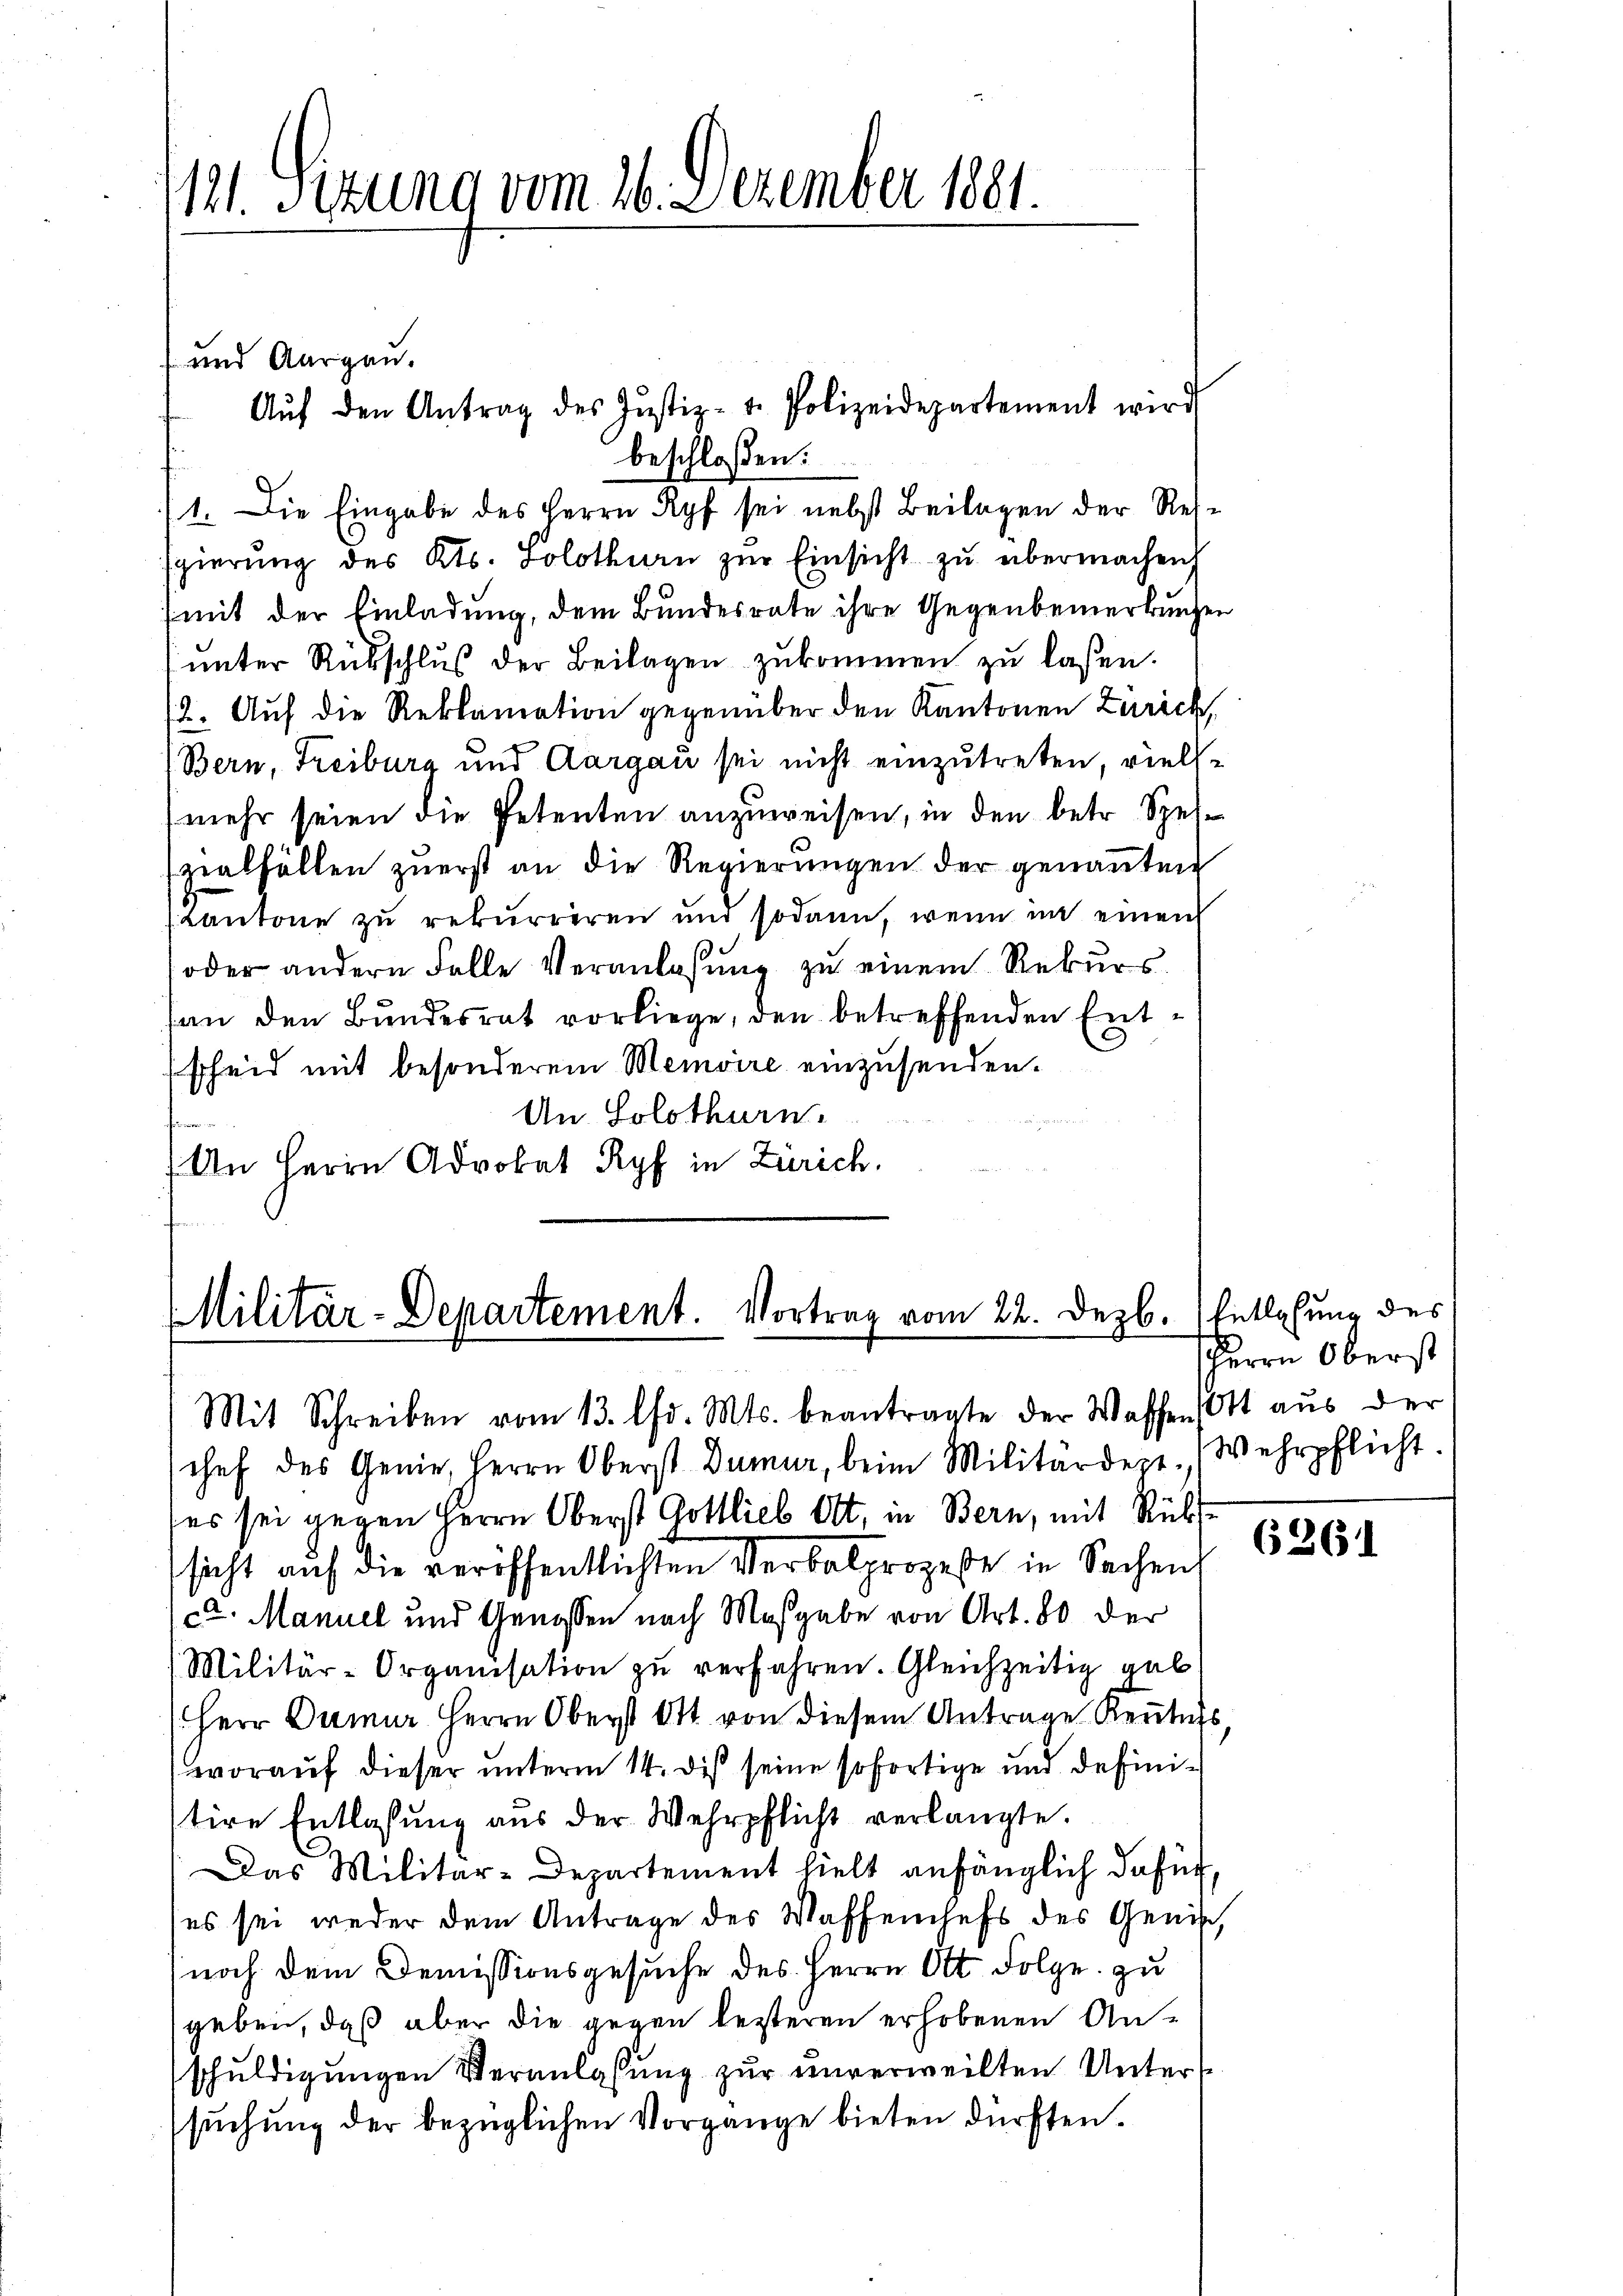
111. Sitzung vom 26. Dezember 1881.

1. Die Eingabe des Herrn Ryf sei nebst Beilagen der Ressgierŭng des Kts. Solothurn zŭr Einsicht zu übermachen
mit der Einladung, dem Bundesrate ihre Gegenbemerkungen
unter Rückschluß der Beilagen zukommen zu laßen.
2. Auf die Reklamation gegenüber den Kantonen Zürich,
Bern, Freiburg und Aargau sei nicht einzutreten, vielle
mehr seien die Petenten anzuweisen, in den betr. Speizialfällen zuerst an die Regierungen der genannten
Kantone zu rekurreren und sodann, wenn in einen
oder andern Falle Veranlassung zu einem Rekurs
an den Bundesrat vorliege, den betreffenden Entscheid mit besonderem Memoire einzusenden.
An Solothurn.

r
) An Herrn Advokat Ryf in Zürich.

und Aargau.
Aŭf den Antrag des Justiz- u. Polizeidepartement wird
beschlossen:

Militär-Departement. Vortrag vom 22. Dezb.) Entlaßung des

Herrn Oberst

Mit Schreiben vom 13. lfd. Mts. beantragte der Waffen Ott aus der
schef des Genie, Herrn Oberst Dumur, beim Militärdepe. (Wehrpflicht
ses sei gegen Herrn Oberst Gottlieb Ott, in Bern, mit Rückssicht auf die veröffentlichten Verbalprozesse in Sachen
a. Manuel und Genossen nach Maßgabe von Art. 80 der
Militär-Organisation zu verfahren. Gleichzeitig gab
Herr Dumur Herrn Oberst Ott von diesem Antrage Rentichs,
worauf dieser unterm 14. des seine sofortige und definitire Entlaßung aus der Wehrpflicht verlangte.
Das Militär-Departement hielt anfänglich dafür,
es sei weder dem Antrage des Waffenhefs des Geniß,
noch dem Demissionsgesuche des Herrn Ott. Folge zu
geben, daß aber die gegen lezteren erhobenen Anschuldigungen Veranlassung zur unverweilten Unters
suchung der bezüglichen Vorgange bieten dürften.

6261